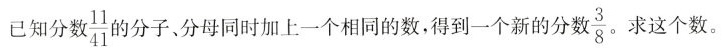
已知分数 \frac{11}{41}的分子，分母同时加上一个相同的数。得到一个新的分数\frac{3}{8}。求这个数。